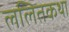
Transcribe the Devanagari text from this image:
ललितकथा